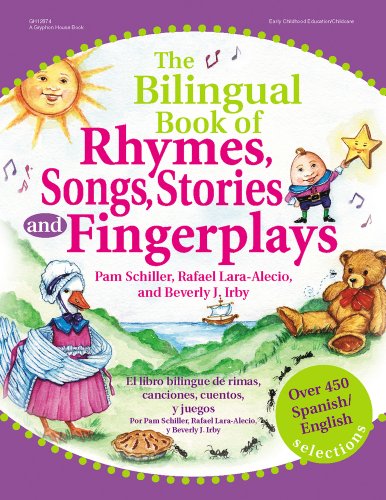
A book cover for The Bilingual Book of Rhymes, Songs, Stories and Fingerplays: Over 450 Spanish/English Selections (English and Spanish Edition); Pam Schiller; Parenting & Relationships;